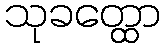
သုခတ္ထော